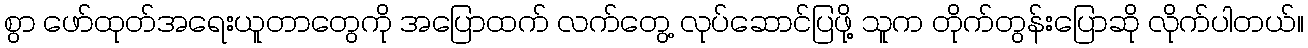
စွာ ဖော်ထုတ်အရေးယူတာတွေကို အပြောထက် လက်တွေ့ လုပ်ဆောင်ပြဖို့ သူက တိုက်တွန်းပြောဆို လိုက်ပါတယ်။